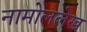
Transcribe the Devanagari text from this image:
नामोललेख